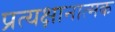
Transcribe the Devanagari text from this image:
प्रत्यक्षानात्मक